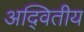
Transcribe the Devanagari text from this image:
अदि्वतीय